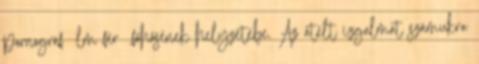
pornográf ﬁlm férﬁ főhősének helyzetébe. Az átélt izgalmat számukra